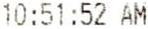
10:51:52 AM